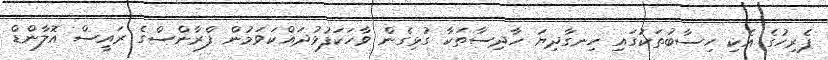
ޕެރިހުގެ އެކި ހިސާބުތަކުގައި ހިނގާދިޔަ ހާދިސާތަކާ ގުޅިގެން ވާހަކަފުޅުދައްކަވަމުން ފްރާންސްގެ ރައީސް އޮލާންޑް